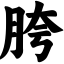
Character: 胯